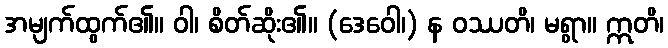
အမျက်ထွက်၏။ ဝါ၊ စိတ်ဆိုး၏။ (ဒေဝေါ၊) န ဝဿတိ၊ မရွာ။ ဣတိ၊